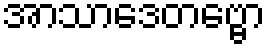
အာသာဒေတဗ္ဗော